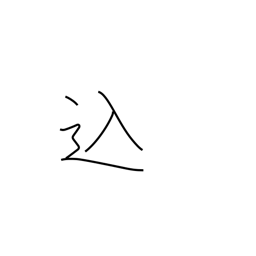
Meaning: included